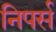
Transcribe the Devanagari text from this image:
निपर्स